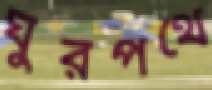
ঘুরপথে